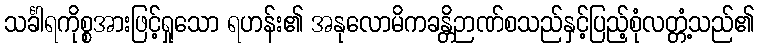
သင်္ခါရကိုစ္စအားဖြင့်ရှုသော ရဟန်း၏ အနုလောမိကခန္တိဉာဏ်စသည်နှင့်ပြည့်စုံလတ္တံ့သည်၏